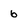
Character: 6